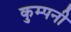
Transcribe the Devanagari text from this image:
कुम्पनी